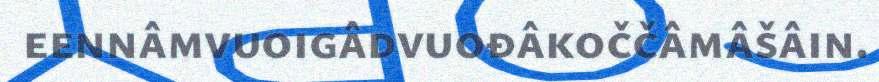
eennâmvuoigâdvuođâkoččâmâšâin.